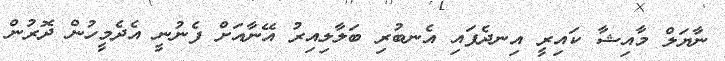
ނާޔަލް މާއިޝާ ކައިރީ އިނދެފައި އެނބުރި ބަލާލިއިރު އޭނާއަށް ފެނުނީ އެދެމީހުން ދޮރުން